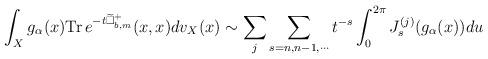
LaTeX: \begin{align*}\int_X g_\alpha(x)\mathrm{Tr}\,e^{-t\widetilde\Box^+_{b, m}}(x, x)dv_X(x)\sim \sum_j\sum_{s=n, n-1,\cdots}t^{-s}\int_0^{2\pi} J_s^{(j)}(g_\alpha(x))du\end{align*}